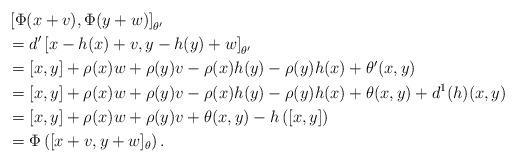
LaTeX: \begin{align*}&\left[\Phi(x+v),\Phi(y+w) \right]_{\theta'}\\&=d'\left[x-h(x)+v,y-h(y)+w \right]_{\theta'} \\&=[x,y] +\rho(x)w+\rho(y)v-\rho(x)h(y)-\rho(y)h(x)+\theta'(x,y)\\&=[x,y] +\rho(x)w+\rho(y)v-\rho(x)h(y)-\rho(y)h(x)+\theta(x,y)+d^1(h)(x,y)\\&=[x,y] +\rho(x)w+\rho(y)v+\theta(x,y)-h\left([x,y] \right)\\&=\Phi\left( [x+v,y+w]_{\theta}\right) .\end{align*}